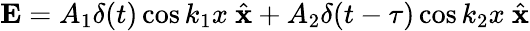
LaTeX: {\mathbf E}=A_{1}\delta(t)\cos k_{1}x\ \hat{\mathbf x}+A_{2}\delta(t-\tau)\cos k_{2}x\ \hat{\mathbf x}